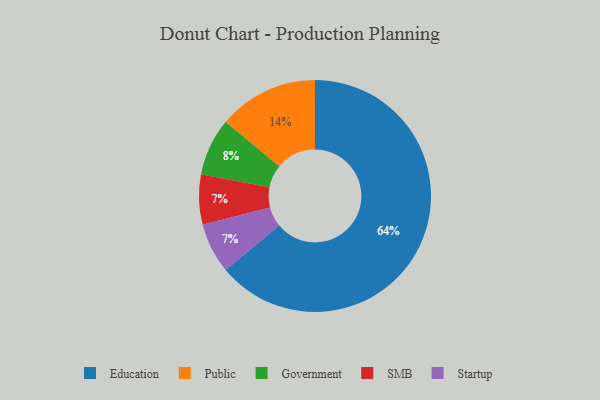
{"axis": {"x": "Category", "y": "Percentage"}, "legend": ["Education", "Government", "Public", "SMB", "Startup"], "data": [{"x": "Education", "y": 64, "type": "Education"}, {"x": "SMB", "y": 7, "type": "SMB"}, {"x": "Government", "y": 8, "type": "Government"}, {"x": "Public", "y": 14, "type": "Public"}, {"x": "Startup", "y": 7, "type": "Startup"}]}